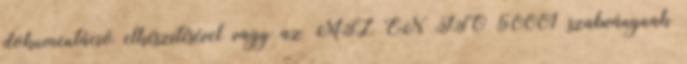
do­ku­men­tá­ció el­ké­szí­té­sé­vel vagy az MSZ EN ISO 50001 szab­vány­nak